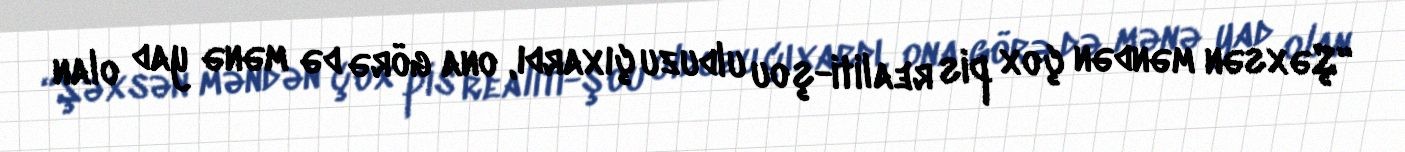
“Şəxsən məndən çox pis realiti-şou ulduzu çıxardı, ona görə də mənə yad olan